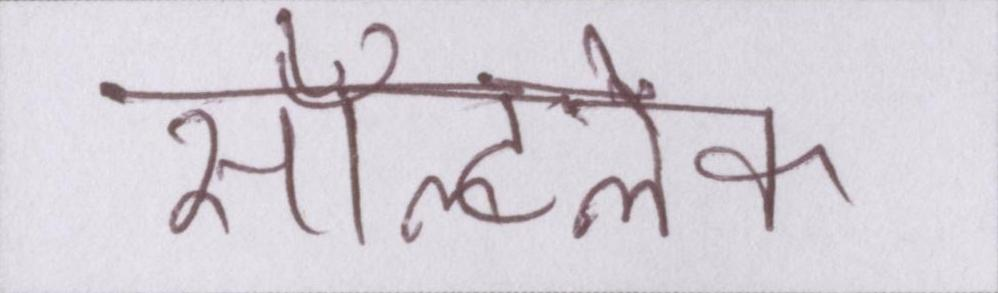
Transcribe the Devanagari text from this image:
सॉल्टलेक